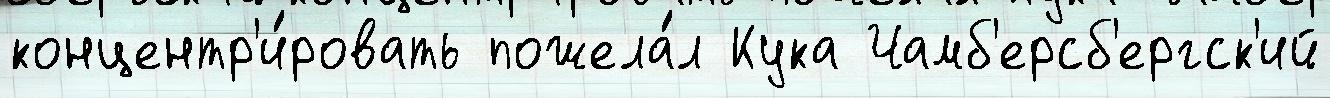
концентр'и́ровать пожела́л Кука Чамб'ерсб'ергск'ий